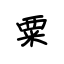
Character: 粟